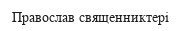
Православ священниктері